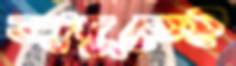
জাদুতেই